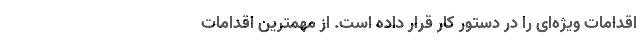
اقدامات ویژه‌ای را در دستور کار قرار داده است. از مهمترین اقدامات